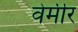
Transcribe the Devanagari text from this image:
वेर्मीर